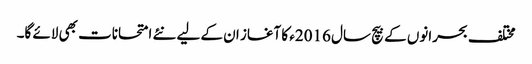
مختلف بحرانوں کے بیچ سال 2016ء کا آغاز ان کے لیے نئے امتحانات بھی لائے گا۔